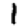
Digit: 1